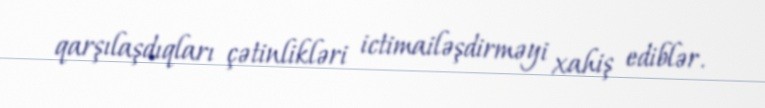
qarşılaşdıqları çətinlikləri ictimailəşdirməyi xahiş ediblər.